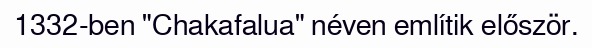
1332-ben "Chakafalua" néven említik először.